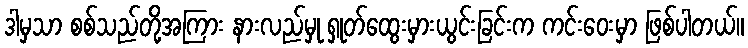
ဒါမှသာ စစ်သည်တို့အကြား နားလည်မှု ရှုတ်ထွေးမှားယွင်းခြင်းက ကင်းဝေးမှာ ဖြစ်ပါတယ်။